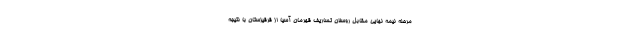
مرحله نیمه نهایی مقابل روسلان تساریف قهرمان آسیا از قرقیزستان با نتیجه